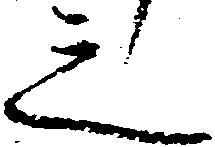
之